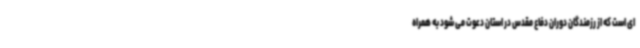
ای است که از رزمندگان دوران دفاع مقدس در استان دعوت می شود به همراه